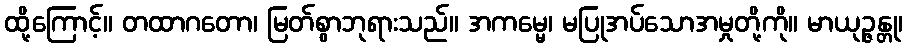
ထို့ကြောင့်။ တထာဂတော၊ မြတ်စွာဘုရားသည်။ အကမ္မေ၊ မပြုအပ်သောအမှုတို့ကို။ မာယုဉ္ဇန္တု၊